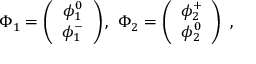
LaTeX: \Phi _ { 1 } = \left( \begin{array} { c } { { \phi _ { 1 } ^ { 0 } } } \\ { { \phi _ { 1 } ^ { - } } } \end{array} \right) , \ \Phi _ { 2 } = \left( \begin{array} { c } { { \phi _ { 2 } ^ { + } } } \\ { { \phi _ { 2 } ^ { 0 } } } \end{array} \right) \ ,